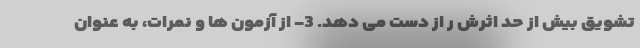
تشویق بیش از حد اثرش ر از دست می دهد. 3- از آزمون ها و نمرات، به عنوان